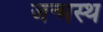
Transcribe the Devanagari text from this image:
जन्मस्थ